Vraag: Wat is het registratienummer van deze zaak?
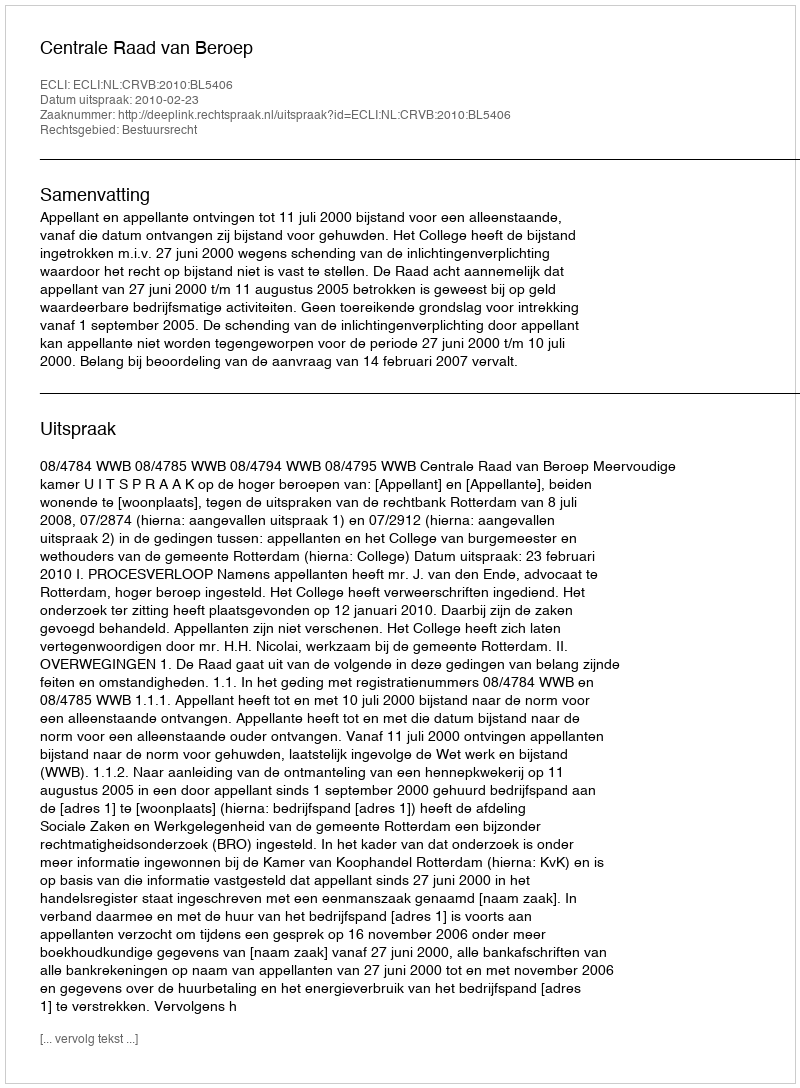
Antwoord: http://deeplink.rechtspraak.nl/uitspraak?id=ECLI:NL:CRVB:2010:BL5406